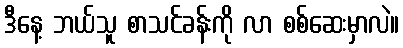
ဒီနေ့ ဘယ်သူ စာသင်ခန်းကို လာ စစ်ဆေးမှာလဲ။